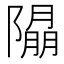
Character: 𨼖